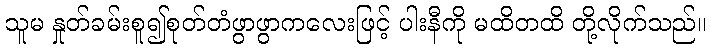
သူမ နှုတ်ခမ်းစူ၍စုတ်တံဖွာဖွာကလေးဖြင့် ပါးနီကို မထိတထိ တို့လိုက်သည်။